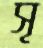
সৃ